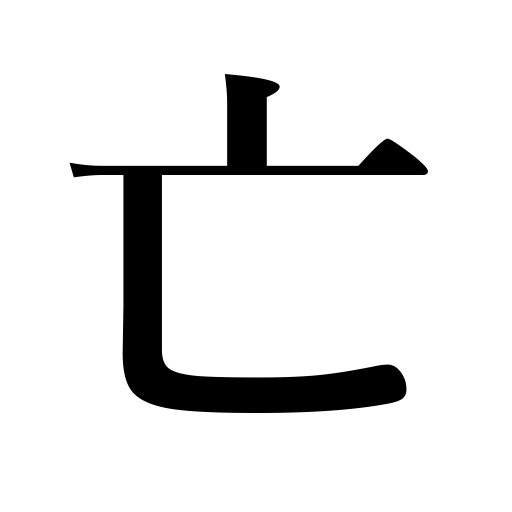
Meanings: being destroyed,dying,my late,the deceased,the late